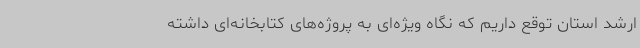
ارشد استان توقع داریم که نگاه ویژه‌ای به پروژه‌های کتابخانه‌ای داشته